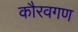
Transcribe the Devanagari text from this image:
कौरवगण